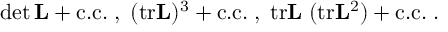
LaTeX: \operatorname * { d e t } { \bf L } + \mathrm { c . c . } \; , \; ( \mathrm { t r } { \bf L } ) ^ { 3 } + \mathrm { c . c . } \; , \; \mathrm { t r } { \bf L } \; ( \mathrm { t r } { \bf L } ^ { 2 } ) + \mathrm { c . c . } \; .